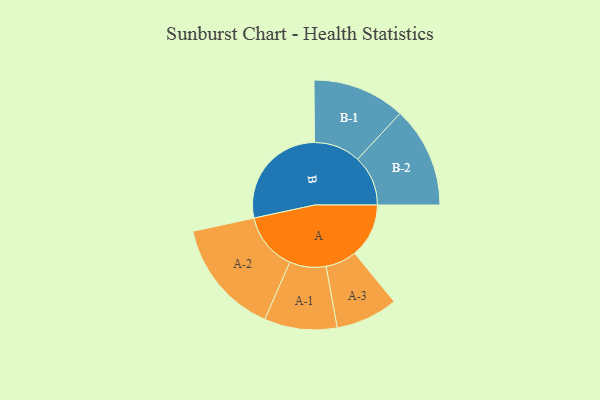
{"axis": {"x": "Segment", "y": "Value"}, "legend": ["", "A", "B"], "data": [{"x": "A", "y": 244, "type": ""}, {"x": "B", "y": 490, "type": ""}, {"x": "A-1", "y": 164, "type": "A"}, {"x": "A-2", "y": 261, "type": "A"}, {"x": "A-3", "y": 140, "type": "A"}, {"x": "B-1", "y": 209, "type": "B"}, {"x": "B-2", "y": 227, "type": "B"}]}